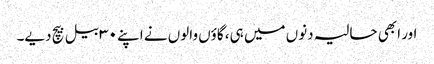
اور ابھی حالیہ دنوں میں ہی، گاؤں والوں نے اپنے ۳۰ بیل بیچ دیے۔